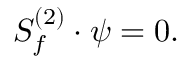
{ \cal S } _ { f } ^ { ( 2 ) } \cdot \psi = 0 .